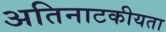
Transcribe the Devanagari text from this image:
अतिनाटकीयता